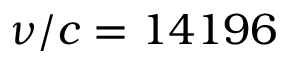
\nu / c = 1 4 1 9 6